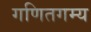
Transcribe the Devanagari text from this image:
गणितगम्य